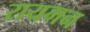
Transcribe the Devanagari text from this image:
रायमन